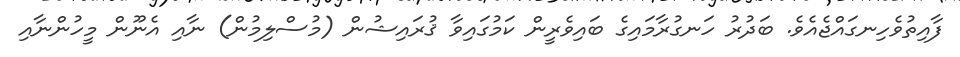
ފާއިތުވެހިނގައްޖެއެވެ. ބަދުރު ހަނގުރާމައިގެ ބައިވެރީން ކަމުގައިވާ ޤުރައިޝުން (މުސްލިމުން) ނާއި އެނޫން މީހުންނާއި